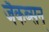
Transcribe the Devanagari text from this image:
जैकब्सन्